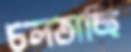
চলতাছি